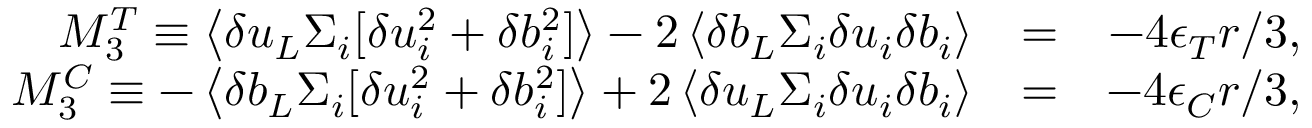
\begin{array} { r l r } { M _ { 3 } ^ { T } \equiv \left< \delta u _ { L } \Sigma _ { i } [ \delta u _ { i } ^ { 2 } + \delta b _ { i } ^ { 2 } ] \right> - 2 \left< \delta b _ { L } \Sigma _ { i } \delta u _ { i } \delta b _ { i } \right> } & { = } & { - 4 \epsilon _ { T } r / 3 , } \\ { M _ { 3 } ^ { C } \equiv - \left< \delta b _ { L } \Sigma _ { i } [ \delta u _ { i } ^ { 2 } + \delta b _ { i } ^ { 2 } ] \right> + 2 \left< \delta u _ { L } \Sigma _ { i } \delta u _ { i } \delta b _ { i } \right> } & { = } & { - 4 \epsilon _ { C } r / 3 , } \end{array}